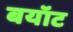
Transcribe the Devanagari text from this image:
बयॉट